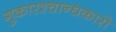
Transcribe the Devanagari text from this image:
गुकारश्चान्धकारो